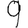
Digit: 9